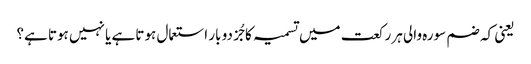
یعنی کہ ضم سورہ والی ہر رکعت میں تسمیہ کا جُز دو بار استعمال ہوتا ہے یا نہیں ہوتا ہے؟